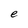
Character: e